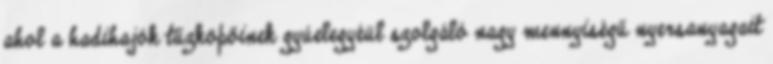
ahol a hadihajók tűzköpőinek gyúelegyéül szolgáló nagy mennyiségű nyersanyagait